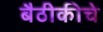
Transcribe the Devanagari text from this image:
बैठीकीचे